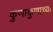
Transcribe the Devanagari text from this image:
कुणाकुणाच्या